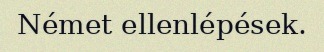
Német ellenlépések.